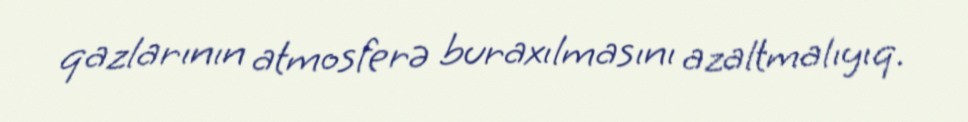
qazlarının atmosferə buraxılmasını azaltmalıyıq.